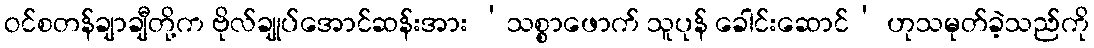
ဝင်စတန်ချာချီတို့က ဗိုလ်ချုပ်အောင်ဆန်းအား ‘သစ္စာဖောက် သူပုန် ခေါင်းဆောင်’ ဟုသမုတ်ခဲ့သည်ကို